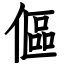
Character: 傴